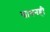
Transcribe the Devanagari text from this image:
साधनही